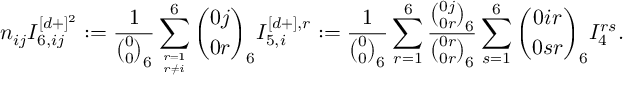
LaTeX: n _ { i j } I _ { 6 , i j } ^ { [ d + ] ^ { 2 } } : = \frac { 1 } { { \binom { 0 } { 0 } } _ { 6 } } \sum _ { r = 1 \atop r \not = i } ^ { 6 } { \binom { 0 j } { 0 r } } _ { 6 } I _ { 5 , i } ^ { [ d + ] , r } : = \frac { 1 } { { \binom { 0 } { 0 } } _ { 6 } } \sum _ { r = 1 } ^ { 6 } \frac { { \binom { 0 j } { 0 r } } _ { 6 } } { { \binom { 0 r } { 0 r } } _ { 6 } } \sum _ { s = 1 } ^ { 6 } { { \binom { 0 i r } { 0 s r } } _ { 6 } } I _ { 4 } ^ { r s } .